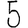
Digit: 5